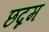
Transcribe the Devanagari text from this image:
छद्नम